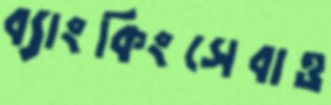
ব্যাংকিংসেবাও